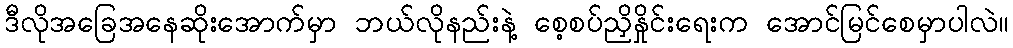
ဒီလိုအခြေအနေဆိုးအောက်မှာ ဘယ်လိုနည်းနဲ့ စေ့စပ်ညှိနှိုင်းရေးက အောင်မြင်စေမှာပါလဲ။